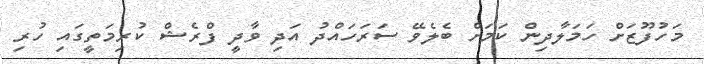
މަހުފޫޒަށް ހަމަލާދިން ކަމަށް ބެލެވޭ ސަރަހައްދު އަދި ވާދީ ފްރެޝް ކުރިމަތީގައި ހުރި